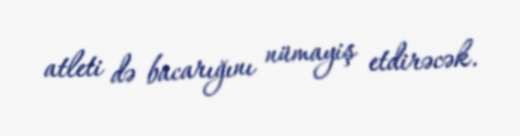
atleti də bacarığını nümayiş etdirəcək.